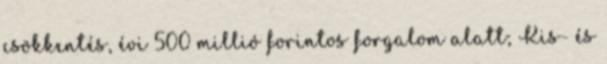
csökkentés, évi 500 millió forintos forgalom alatt; Kis- és